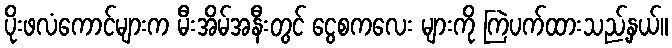
ပိုးဖလံကောင်များက မီးအိမ်အနီးတွင် ငွေစကလေး များကို ကြဲပက်ထားသည့်နှယ်။